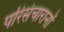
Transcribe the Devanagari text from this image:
परिसंचारानों